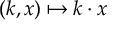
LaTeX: ( k , x ) \mapsto k \cdot x